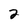
Character: 2